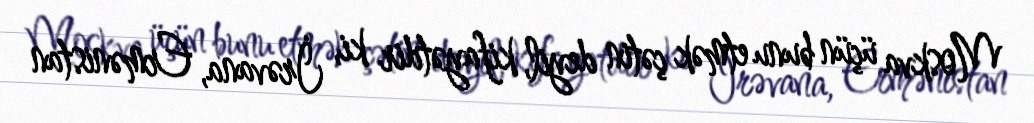
Moskva üçün bunu etmək çətin deyil, kifayətdir ki, İrəvana, Ermənistan